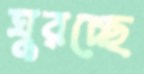
ঘুরচ্ছে